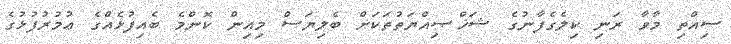
ސިއްތި މާވާ ރަނި ކިލެގެފާނުގެ ޝަޚްޞިއްޔަތުތަކަށް ބެލިޔަސް މިއިން ކޮންމެ ބެއިފުޅެއްގެ ޢުމުރުފުޅުގެ